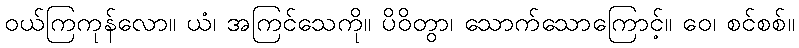
ဝယ်ကြကုန်လော။ ယံ၊ အကြင်သေကို။ ပိဝိတွာ၊ သောက်သောကြောင့်။ ဝေ၊ စင်စစ်။